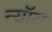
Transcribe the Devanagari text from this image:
न्यॉय